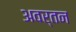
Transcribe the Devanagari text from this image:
अवर्तन